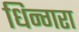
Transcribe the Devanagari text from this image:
धिन्गरा